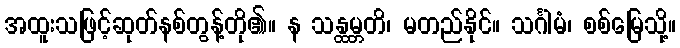
အထူးသဖြင့်ဆုတ်နစ်တွန့်တို၏။ န သန္ထမ္ဘတိ၊ မတည်နိုင်။ သင်္ဂါမံ၊ စစ်မြေသို့။